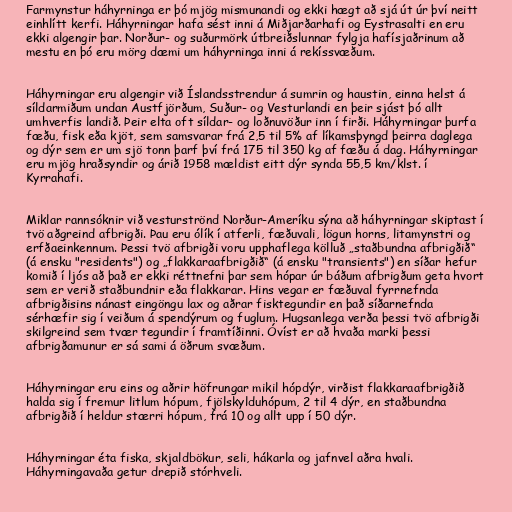
Farmynstur háhyrninga er þó mjög mismunandi og ekki hægt að sjá út úr því neitt
einhlítt kerfi. Háhyrningar hafa sést inni á Miðjarðarhafi og Eystrasalti en eru
ekki algengir þar. Norður- og suðurmörk útbreiðslunnar fylgja hafísjaðrinum að
mestu en þó eru mörg dæmi um háhyrninga inni á rekíssvæðum.

Háhyrningar eru algengir við Íslandsstrendur á sumrin og haustin, einna helst á
síldarmiðum undan Austfjörðum, Suður- og Vesturlandi en þeir sjást þó allt
umhverfis landið. Þeir elta oft síldar- og loðnuvöður inn í firði. Háhyrningar þurfa
fæðu, fisk eða kjöt, sem samsvarar frá 2,5 til 5% af líkamsþyngd þeirra daglega
og dýr sem er um sjö tonn þarf því frá 175 til 350 kg af fæðu á dag. Háhyrningar
eru mjög hraðsyndir og árið 1958 mældist eitt dýr synda 55,5 km/klst. í
Kyrrahafi.

Miklar rannsóknir við vesturströnd Norður-Ameríku sýna að háhyrningar skiptast í
tvö aðgreind afbrigði. Þau eru ólík í atferli, fæðuvali, lögun horns, litamynstri og
erfðaeinkennum. Þessi tvö afbrigði voru upphaflega kölluð „staðbundna afbrigðið“
(á ensku "residents") og „flakkaraafbrigðið“ (á ensku "transients") en síðar hefur
komið í ljós að það er ekki réttnefni þar sem hópar úr báðum afbrigðum geta hvort
sem er verið staðbundnir eða flakkarar. Hins vegar er fæðuval fyrrnefnda
afbrigðisins nánast eingöngu lax og aðrar fisktegundir en það síðarnefnda
sérhæfir sig í veiðum á spendýrum og fuglum. Hugsanlega verða þessi tvö afbrigði
skilgreind sem tvær tegundir í framtíðinni. Óvíst er að hvaða marki þessi
afbrigðamunur er sá sami á öðrum svæðum.

Háhyrningar eru eins og aðrir höfrungar mikil hópdýr, virðist flakkaraafbrigðið
halda sig í fremur litlum hópum, fjölskylduhópum, 2 til 4 dýr, en staðbundna
afbrigðið í heldur stærri hópum, frá 10 og allt upp í 50 dýr.

Háhyrningar éta fiska, skjaldbökur, seli, hákarla og jafnvel aðra hvali.
Háhyrningavaða getur drepið stórhveli.